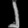
Digit: ၂